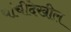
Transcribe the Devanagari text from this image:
यांचीदेखील